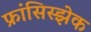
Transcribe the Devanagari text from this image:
फ्रांसिस्झेक